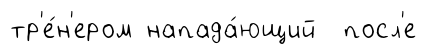
тр'е́н'ером напада́ющий посл'е